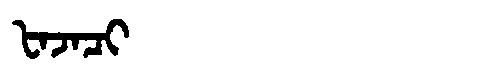
Manchu: ᡶᠠᠵᠠᠴᡳ
Romanization: FAJACI